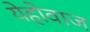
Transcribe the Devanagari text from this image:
येहोवाज